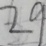
2 9